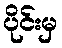
ပိုင်းမှ